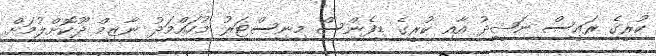
ކުރީގެ ރައީސް ނަޝީދު އާއި ކުރީގެ ޑިފެންސް މިނިސްޓަރު މުހައްމަދު ނާޒިމް ދޫކޮށްލުމަށް